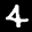
Label: 4